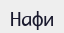
Нафи